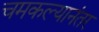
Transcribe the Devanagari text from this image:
चमकल्यानंतर